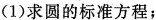
(1)求圆的标准方程；